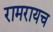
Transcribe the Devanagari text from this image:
रामरायच